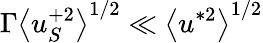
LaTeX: \Gamma\left<u_{S}^{+2}\right>^{1/2}\ll\left<u^{*2}\right>^{1/2}